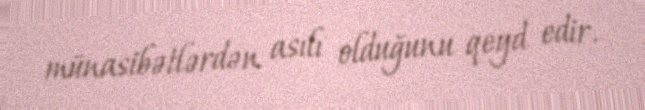
münasibətlərdən asılı olduğunu qeyd edir.